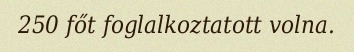
250 főt foglalkoztatott volna.